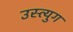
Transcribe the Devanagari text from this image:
उस्त्युग